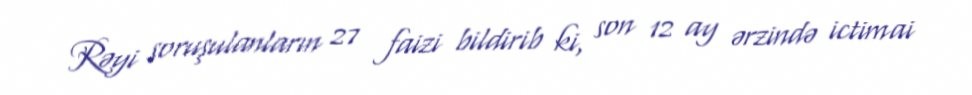
Rəyi soruşulanların 27 faizi bildirib ki, son 12 ay ərzində ictimai